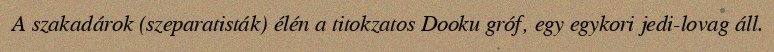
A szakadárok (szeparatisták) élén a titokzatos Dooku gróf, egy egykori jedi-lovag áll.